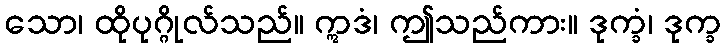
သော၊ ထိုပုဂ္ဂိုလ်သည်။ ဣဒံ၊ ဤသည်ကား။ ဒုက္ခံ၊ ဒုက္ခ